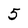
Character: 5